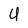
Character: U